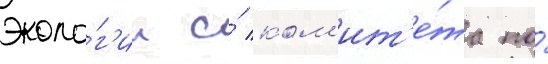
эколо́г'ии и́ ком'ит'е́та по́